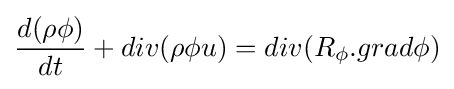
{d(\rho \phi ) \over dt}+div(\rho \phi u)=div(R_{\phi }.grad\phi )